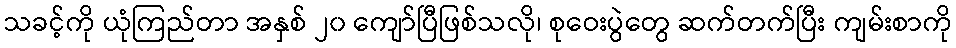
သခင့်ကို ယုံကြည်တာ အနှစ် ၂၀ ကျော်ပြီဖြစ်သလို၊ စုဝေးပွဲတွေ ဆက်တက်ပြီး ကျမ်းစာကို